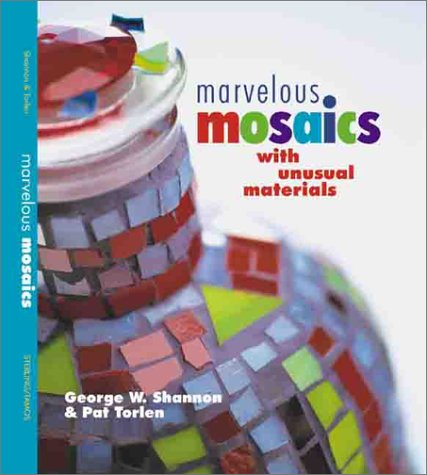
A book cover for Marvelous Mosaics with Unusual Materials; George W. Shannon; Crafts, Hobbies & Home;